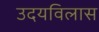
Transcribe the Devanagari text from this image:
उदयविलास